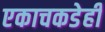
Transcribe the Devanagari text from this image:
एकाचकडेही